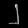
Digit: ၂